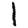
Digit: 1